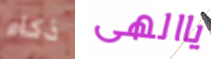
ذكاء ياالهى